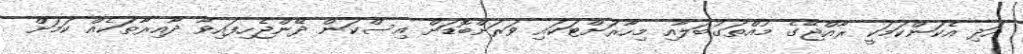
އަދި އެކަންކަމަކީ ރާއްޖޭގެ މުއްތަގުބަލާއި މިހާރަށްޓަކައި ވަރަށްބޮޑަށް އިސްކަން ދޭންޖެހިފައިވާ ދާއިރާތަކެއް ކަމަށް